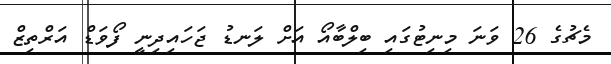
މެޗުގެ 26 ވަަނަ މިނިޓުގައި ބިލްބާއޯ އަށް ލަނޑު ޖަހައިދިނީ ފޯވަޑް އަރްތިޒްް